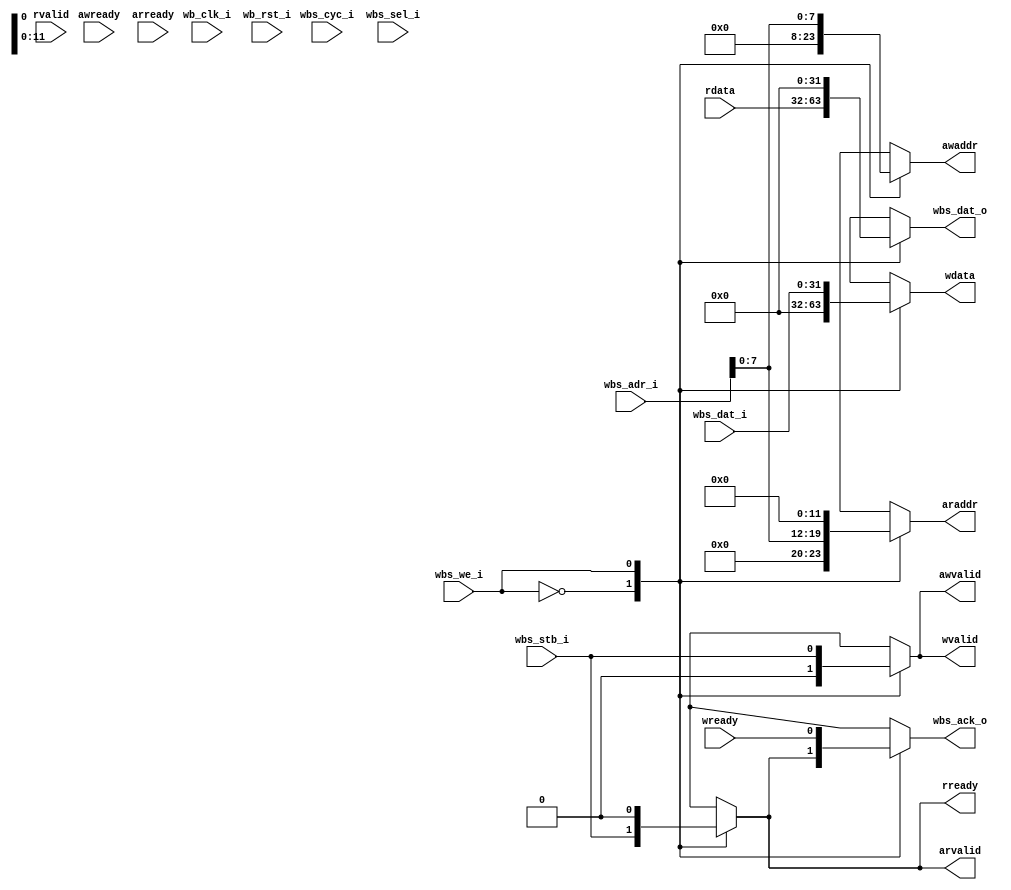

//author: 

module WB_AXILITE
#(
    parameter pADDR_WIDTH = 12,
    parameter pDATA_WIDTH = 32,
    parameter Tape_Num    = 11
)
(
    
     // Wishbone Slave ports (WB MI A)===============
    input wb_clk_i,
    input wb_rst_i,
    input wbs_stb_i,
    input wbs_cyc_i,
    input wbs_we_i,
    input wire [3:0] wbs_sel_i,
    input wire [31:0] wbs_dat_i,
    input wire [31:0] wbs_adr_i,
    output reg wbs_ack_o,
    output reg [31:0] wbs_dat_o,
    //axilite ports=================================
    //write(input)--
    input    wire                     awready,
    output   reg                     awvalid,
    output   reg [(pADDR_WIDTH-1):0] awaddr,
    input    wire                     wready,
    output   reg                     wvalid,
    output   reg [(pDATA_WIDTH-1):0] wdata,
    //read(output)---
    input    wire                     arready,
    output   reg                     arvalid,
    output   reg [(pADDR_WIDTH-1):0] araddr,
    output   reg                     rready,
    input    wire                     rvalid,
    input    wire [(pDATA_WIDTH-1):0] rdata
);

always @(*) begin
    case (wbs_we_i)
        1'b0 :begin
            awvalid = 1'b0;
            wvalid = 1'b0;
            awaddr = 32'd0;
            wdata = 32'd0;
            wbs_ack_o = rready;
            wbs_dat_o = rdata;
            arvalid = wbs_stb_i;
            araddr = wbs_adr_i[7:0];
            rready = wbs_stb_i;
        end
        1'b1 :begin
            awvalid = wbs_stb_i;
            wvalid = wbs_stb_i;
            awaddr = wbs_adr_i[7:0];
            wdata = wbs_dat_i;
            wbs_ack_o = wready;
            wbs_dat_o = 32'd0;
            arvalid = 1'b0;
            araddr = 32'd0;
            rready = 1'b0;
        end
    endcase
end

endmodule